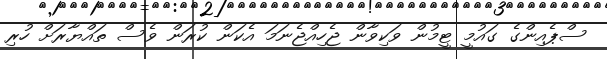
ސްޕެއިންގެ ގައުމީ ޓީމުން ވަކިވާން ޖެހިއްޖެނަމަ އެކަން ކުރަން ވެސް ތައްޔާރަށް ހުރި